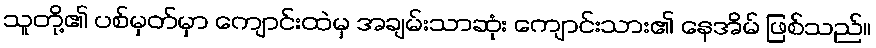
သူတို့၏ ပစ်မှတ်မှာ ကျောင်းထဲမှ အချမ်းသာဆုံး ကျောင်းသား၏ နေအိမ် ဖြစ်သည်။